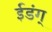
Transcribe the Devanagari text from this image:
ईडंग्